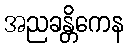
အညခန္တိကေန